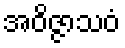
အဝိဇ္ဇာသဝံ